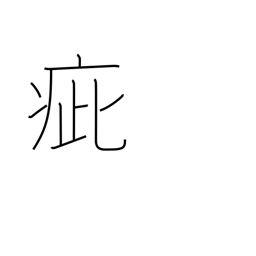
Meaning: speck